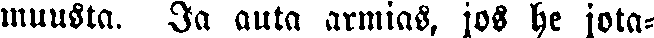
muusta. Ja auta armias, jos he jota-